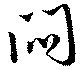
悶